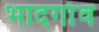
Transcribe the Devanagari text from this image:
भादगाँव